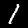
Digit: 1